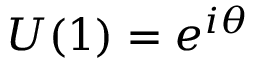
U ( 1 ) = e ^ { i \theta }